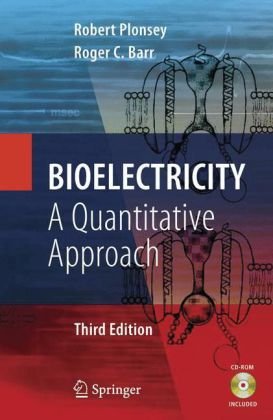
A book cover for Bioelectricity: A Quantitative Approach; Robert Plonsey; Science & Math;